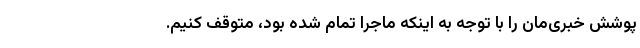
پوشش خبری‌مان را با توجه به اینکه ماجرا تمام شده بود، متوقف کنیم.